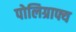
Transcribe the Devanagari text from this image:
पोलिग्राफ्य